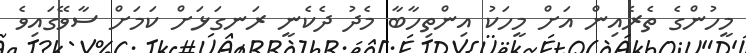
މީހުންގެ ތެރެއިން އަށް މީހަކު އިންތިހާބާ މެދު ދެކެނީ ރަނގަޅަށް ކަމަށް ސާވޭގައިވެ